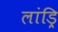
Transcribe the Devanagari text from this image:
लांड्रि